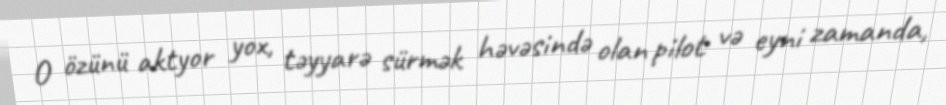
O özünü aktyor yox, təyyarə sürmək həvəsində olan pilot və eyni zamanda,